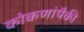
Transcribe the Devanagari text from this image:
कोकणांपैकी